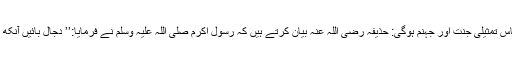
دجال کے پاس تمثیلی جنت اور جہنم ہوگی: حذیفہ رضی اللہ عنہ بیان کرتے ہیں کہ رسول اکرم صلی اللہ علیہ وسلم نے فرمایا:’’ دجال بائیں آنکھ کا کانا ہوگا۔